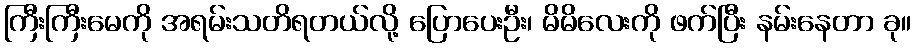
ကြီးကြီးမေကို အရမ်းသတိရတယ်လို့ ပြောပေးဦး၊ မိမိလေးကို ဖက်ပြီး နမ်းနေတာ ခု။